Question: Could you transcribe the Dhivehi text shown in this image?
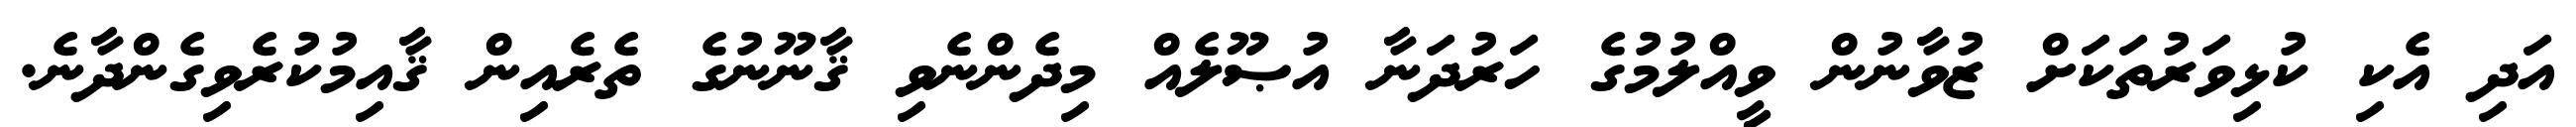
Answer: އަދި އެކި ކުޅިވަރުތަކަށް ޒުވާނުން ވީއްލުމުގެ ހަރުދަނާ އުޞޫލެއް މިދެންނެވި ޤާނޫނުގެ ތެރެއިން ޤާއިމުކުރެވިގެންދާނެ.